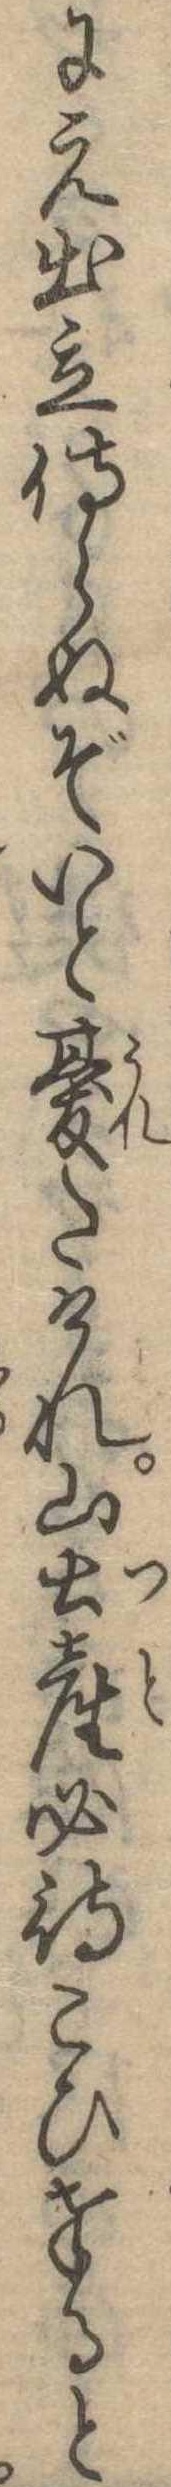
にえ出立侍らぬぞいと憂たけれ山土産必待こひ奉ると